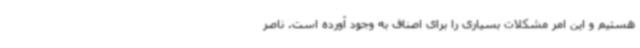
هستیم و این امر مشکلات بسیاری را برای اصناف به وجود آورده است. ناصر